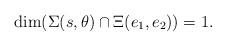
LaTeX: \begin{align*}\dim(\Sigma(s,\theta)\cap \Xi(e_1,e_2)) = 1.\end{align*}